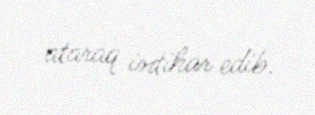
ataraq intihar edib.